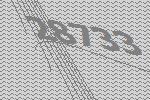
28733